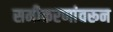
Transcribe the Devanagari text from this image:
समीकरणांवरून